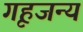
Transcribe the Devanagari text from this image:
गृहजन्य